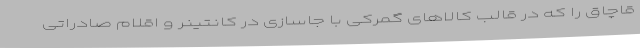
قاچاق را که در قالب کالاهای گمرکی با جاسازی در کانتینر و اقلام صادراتی